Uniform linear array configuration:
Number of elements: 12
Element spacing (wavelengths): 0.25
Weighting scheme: binomial
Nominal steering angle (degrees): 15
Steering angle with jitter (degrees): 16.525
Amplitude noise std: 0.05
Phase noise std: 0.05

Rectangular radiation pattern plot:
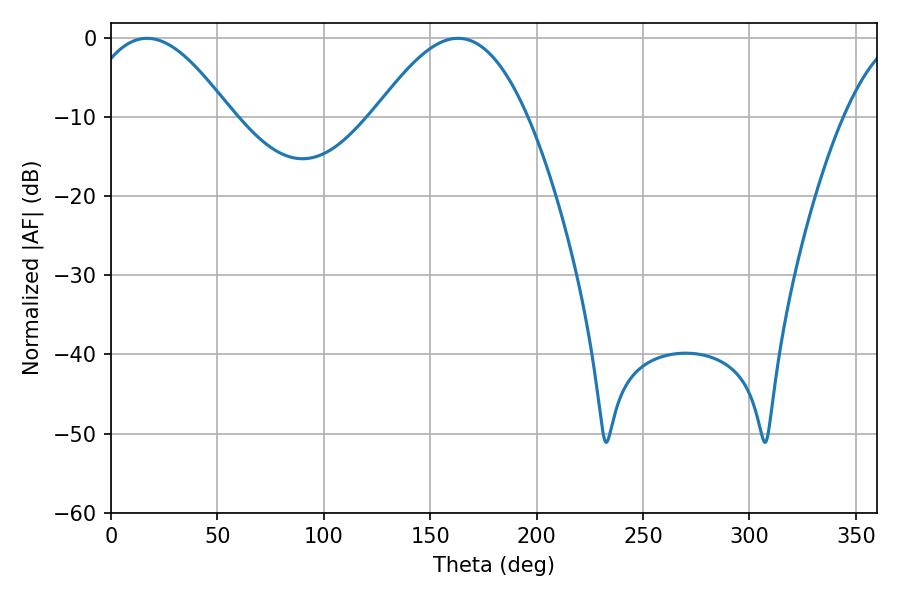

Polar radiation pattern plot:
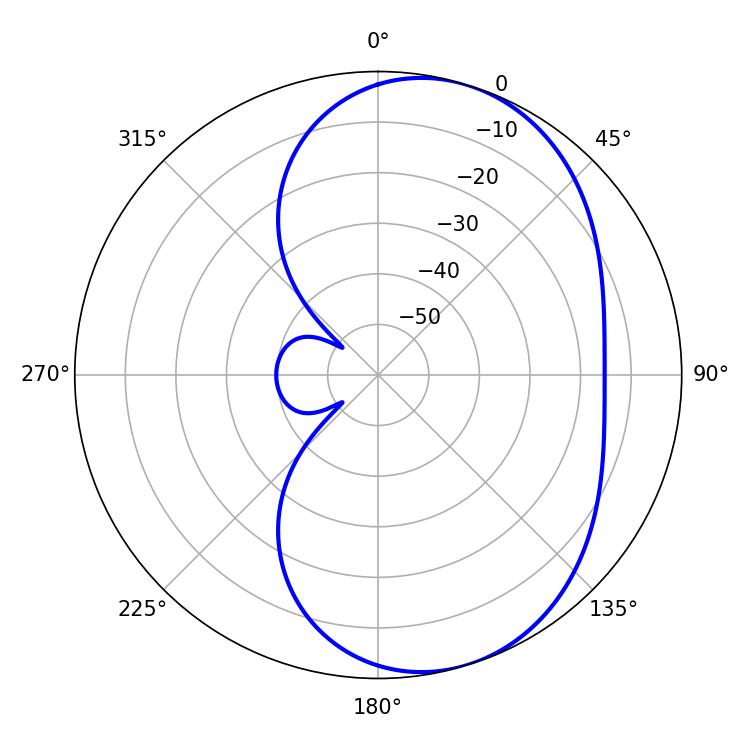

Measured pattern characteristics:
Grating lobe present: FALSE
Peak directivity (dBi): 6.025
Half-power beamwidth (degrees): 37.44
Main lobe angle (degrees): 16.92